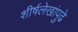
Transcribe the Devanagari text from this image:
शीर्षलेखांपुढे